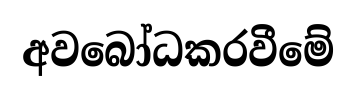
අවබෝධකරවීමේ